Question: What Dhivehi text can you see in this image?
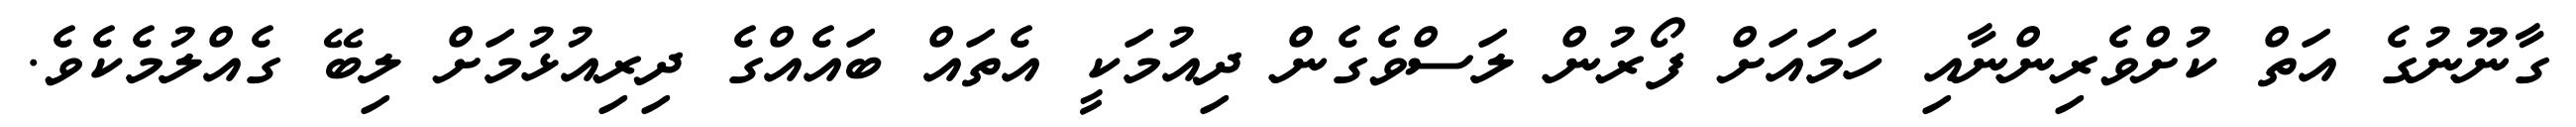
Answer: ގާނޫނުގެ އަތް ކުށްވެރިންނާއި ހަމައަށް ފޯރުން ލަސްވެގެން ދިއުމަކީ އެތައް ބައެއްގެ ދިރިއުޅުމަށް ލިބޭ ގެއްލުމެކެވެ.